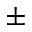
\pm